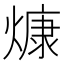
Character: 𤎖